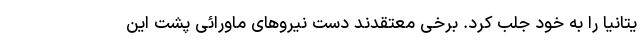
یتانیا را به خود جلب کرد. برخی معتقدند دست نیرو‌های ماورائی پشت این